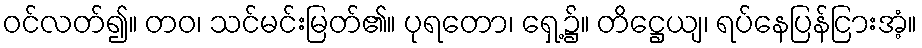
ဝင်လတ်၍။ တဝ၊ သင်မင်းမြတ်၏။ ပုရတော၊ ရှေ့၌။ တိဋ္ဌေယျ၊ ရပ်နေပြန်ငြားအံ့။